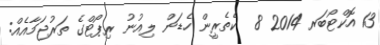
13 އޮކްޓޯބަރ 2014 8  ކެތެރީން ހެޑަން ލިއުނު ރިޕޯޓްގެ ތަރުޖަމާއެއް: